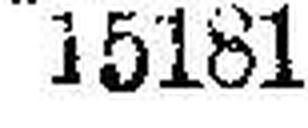
15181